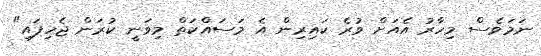
ނަމަވެސް މިހާރު އެއަށް ވުރެ ކައިރިން އެ މަސައްކަތް މިވަނީ ކުރަން ޖެހިފައި"